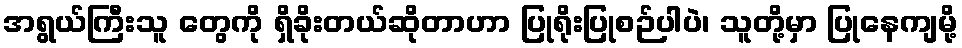
အရွယ်ကြီးသူ တွေကို ရှိခိုးတယ်ဆိုတာဟာ ပြုရိုးပြုစဉ်ပါပဲ၊ သူတို့မှာ ပြုနေကျမို့